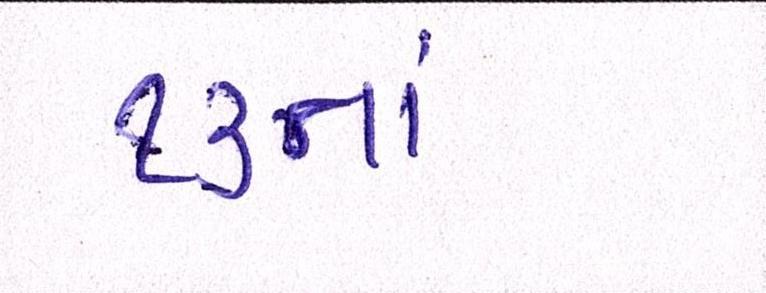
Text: ૧૩નાં